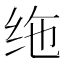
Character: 𫄟